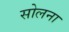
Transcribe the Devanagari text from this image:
सोलना